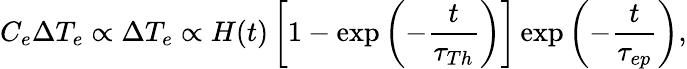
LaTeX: C_{e}\Delta T_{e}\propto\Delta T_{e}\propto H(t)\left[1-\exp\left(-\frac{t}{\tau_{Th}}\right)\right]\exp\left(-\frac{t}{\tau_{ep}}\right),